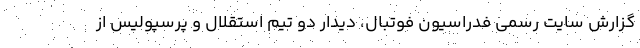
گزارش سایت رسمی فدراسیون فوتبال، دیدار دو تیم استقلال و پرسپولیس از